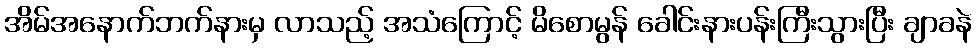
အိမ်အနောက်ဘက်နားမှ လာသည့် အသံကြောင့် မိစောမွန် ခေါင်းနားပန်းကြီးသွားပြီး ချာခနဲ